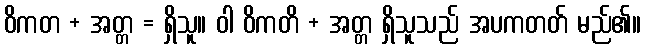
ဝိကတ + အတ္တ = ရှိသူ။ ဝါ ဝိကတိ + အတ္တ ရှိသူသည် အပကတတ် မည်၏။